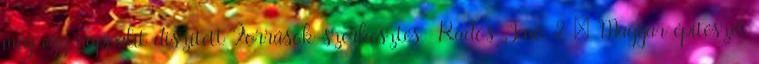
még egy nappalit díszített Források szerkesztés Rados Jenő 2 : Magyar építészet